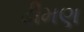
ઢીમણ